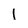
Character: I